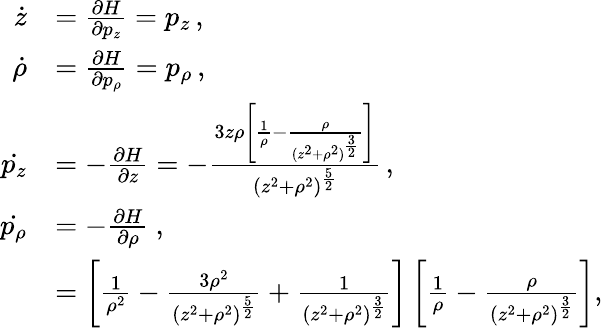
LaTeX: \begin{array}{rl}{\dot{z}}&{=\frac{\partial H}{\partial p_{z}}=p_{z}\, ,}\\ {\dot{\rho}}&{=\frac{\partial H}{\partial p_{\rho}}=p_{\rho}\, ,}\\ {\dot{p_{z}}}&{=-\frac{\partial H}{\partial z}=-\frac{3z\rho\left[\frac{1}{\rho}-\frac{\rho}{(z^{2}+\rho^{2})^{\frac{3}{2}}}\right]}{(z^{2}+\rho^{2})^{\frac{5}{2}}}\, ,}\\ {\dot{p_{\rho}}}&{=-\frac{\partial H}{\partial\rho}\ ,}\\ &{=\left[\frac{1}{\rho^{2}}-\frac{3\rho^{2}}{(z^{2}+\rho^{2})^{\frac{5}{2}}}+\frac{1}{(z^{2}+\rho^{2})^{\frac{3}{2}}}\right]\left[\frac{1}{\rho}-\frac{\rho}{(z^{2}+\rho^{2})^{\frac{3}{2}}}\right],}\end{array}